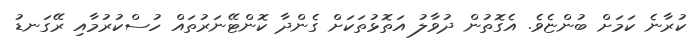
ކުރާނެ ކަމަށް ބުންޏެވެ. އެގޮތުން ދުވާލު އަތޮޅުތަކަށް ގެންދާ ކޮންޓޭނަރުތައް ހުސްކުރުމާއި ރޭގަނޑު